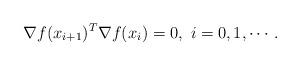
LaTeX: \begin{align*} \nabla f(x_{i+1})^T\nabla f(x_i)= 0, ~i=0, 1, \cdots.\end{align*}